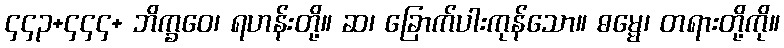
၄၄၃+၄၄၄+ ဘိက္ခဝေ၊ ရဟန်းတို့။ ဆ၊ ခြောက်ပါးကုန်သော။ ဓမ္မေ၊ တရားတို့ကို။